Vaccination report Assam 1874-1896 - 1874-1896
Year: 1874
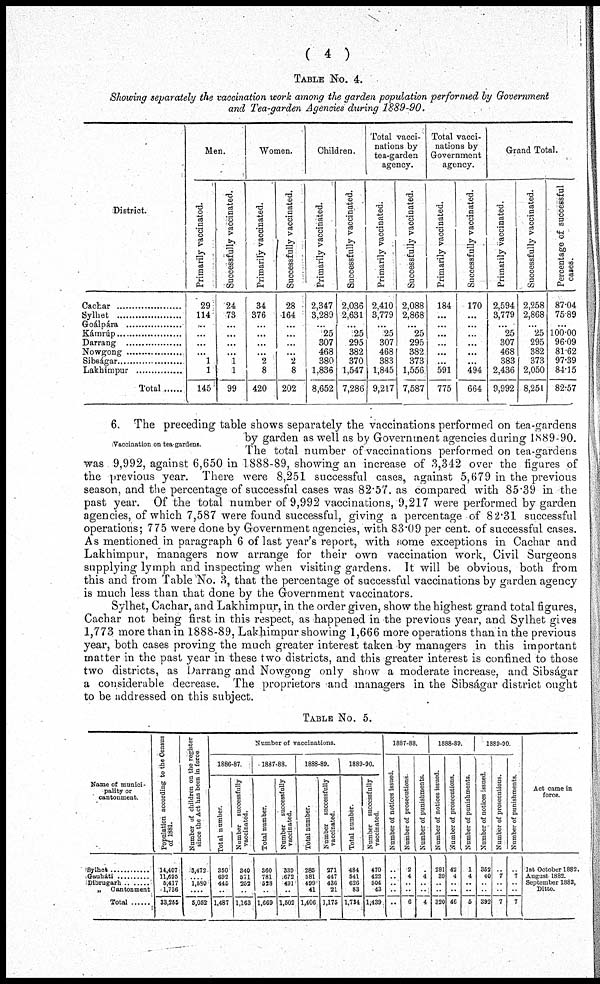
( 4 )
TABLE NO. 4.
Showing separately the vaccination work among the garden population performed by Government
and Tea-garden Agencies during 1889-90.
District.
Cachar ..............
Sylhet ..............
Goálpára ..........
Kámrúp ..........
Darrang ..........
Nowgong ........
Sibságar ..........
Lakhimpur ..........
Total ......
Men.
Primarily vaccinatod.
29
114
...
...
...
...
1
1
145
Successfully vaccinated.
24
73
...
...
...
...
1
1
99
Women.
Primarily vaccinated.
34
376
...
...
...
...
2
8
420
Successfully vaccinated.
28
164
...
...
...
...
2
8
202
Children.
Primarily vaccinated.
2,347
3,289
...
25
307
468
380
1,836
8,652
Successfully vaccinated.
2,036
2,631
...
25
295
382
370
1,547
7,286
Total vacci-
nations by
tea-garden
agency.
Primarily vaccinated.
2,410
3,779
...
25
307
468
383
1,845
9,217
Successfully vaccinated.
2,088
2,868
...
25
295
382
373
1,556
7,587
Total vacci-
nations by
Government
agency.
Primarily vaccinated.
184
...
...
...
...
...
...
591
775
Successfully vaccinated.
170
...
...
...
...
...
...
494
664
Grand Total.
Primarily vaccinated.
2,594
3,779
...
25
307
468
383
2,436
9,992
Successfully vaccinated.
2,258
2,868
...
25
295
382
373
2,050
8,251
Percentage of successful
cases.
87.04
75.89
...
100.00
96.09
81.62
97.39
84.15
82.57
Vaccination on tea gardens.
6. The preceding table shows separately the vaccinations performed on tea-gardens
by garden as well as by Government agencies during 1889-90.
The total number of vaccinations performed on tea-gardens
was 9,992, against 6,650 in 1888-89, showing an increase of 3,342 over the figures of
the previous year. There were 8,251 successful cases, against 5,679 in the previous
season, and the percentage of successful cases was 82.57. as compared with 85.39 in the
past year. Of the total number of 9,992 vaccinations, 9,217 were performed by garden
agencies, of which 7,587 were found successful, giving a percentage of 82.31 successful
operations; 775 were done by Government agencies, with 83.09 per cent. of successful cases.
As mentioned in paragraph 6 of last year's report, with some exceptions in Cachar and
Lakhimpur, managers now arrange for their own vaccination work, Civil Surgeons
supplying lymph and inspecting when visiting gardens. It will be obvious, both from
this and from Table No. 3, that the percentage of successful vaccinations by garden agency
is much less than that done by the Government vaccinators.
Sylhet, Cachar, and Lakhimpur, in the order given, show the highest grand total figures,
Cachar not being first in this respect, as happened in the previous year, and Sylhet gives
1,773 more than in 1888-89, Lakhimpur showing 1,666 more operations than in the previous
year, both cases proving the much greater interest taken by managers in this important
matter in the past year in these two districts, and this greater interest is confined to those
two districts, as Darrang and Nowgong only show a moderate increase, and Sibságar
a considerable decrease. The proprietors and managers in the Sibságar district ought
to be addressed on this subject.
TABLE NO.5.
Name of munici-
pality or
cantonment
Sylhet ............
Gauháti ..........
Dibrugarh .. ......
„ Cantonment
Total ......
Population according to the Census
of 1881.
14,407
11,695
5,417
1,736
33,255
Number of children on the register
since the Act has been in force
3,472
.... 1,580
....
5,052
Number of vaccinations.
1886-87
Total number.
350
692
445
..
1,487
Number successfully
vaccinated.
340
571
252
..
1,163
1887-88.
Total number.
360
781
528
..
1,669
Number successfully
vaccinated.
339
672
491
1,502
1888-89.
Total number.
285
681
499
41
1,406
Number successfully
vaccinated.
271
447
436
21
1,175
1889-90.
Total number.
484
541
626
83
1,734
Number successfully
vaccinated.
470
422
504
43
1,439
1887-88.
Number of notices issued
..
..
..
..
..
Number of prosecutions
2
4
..
..
6
Number of punishments.
.
4
..
..
4
1888-89.
Number of notices issued.
281
39
..
..
320
Number of prosecutions.
42
4
..
..
46
Number of punishments.
1
4
..
..
5
1889-90
Number of notices issued.
352
40
..
..
392
Number of prosecutions
..
7
..
..
7
Number of punishments.
..
7
..
..
7
Act came in
force.
1st October 1882
August 1882
September 1883,
Ditto.